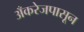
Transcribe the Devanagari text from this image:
अँकरेजपासून